Trukikaitis_Postimees, lk 38
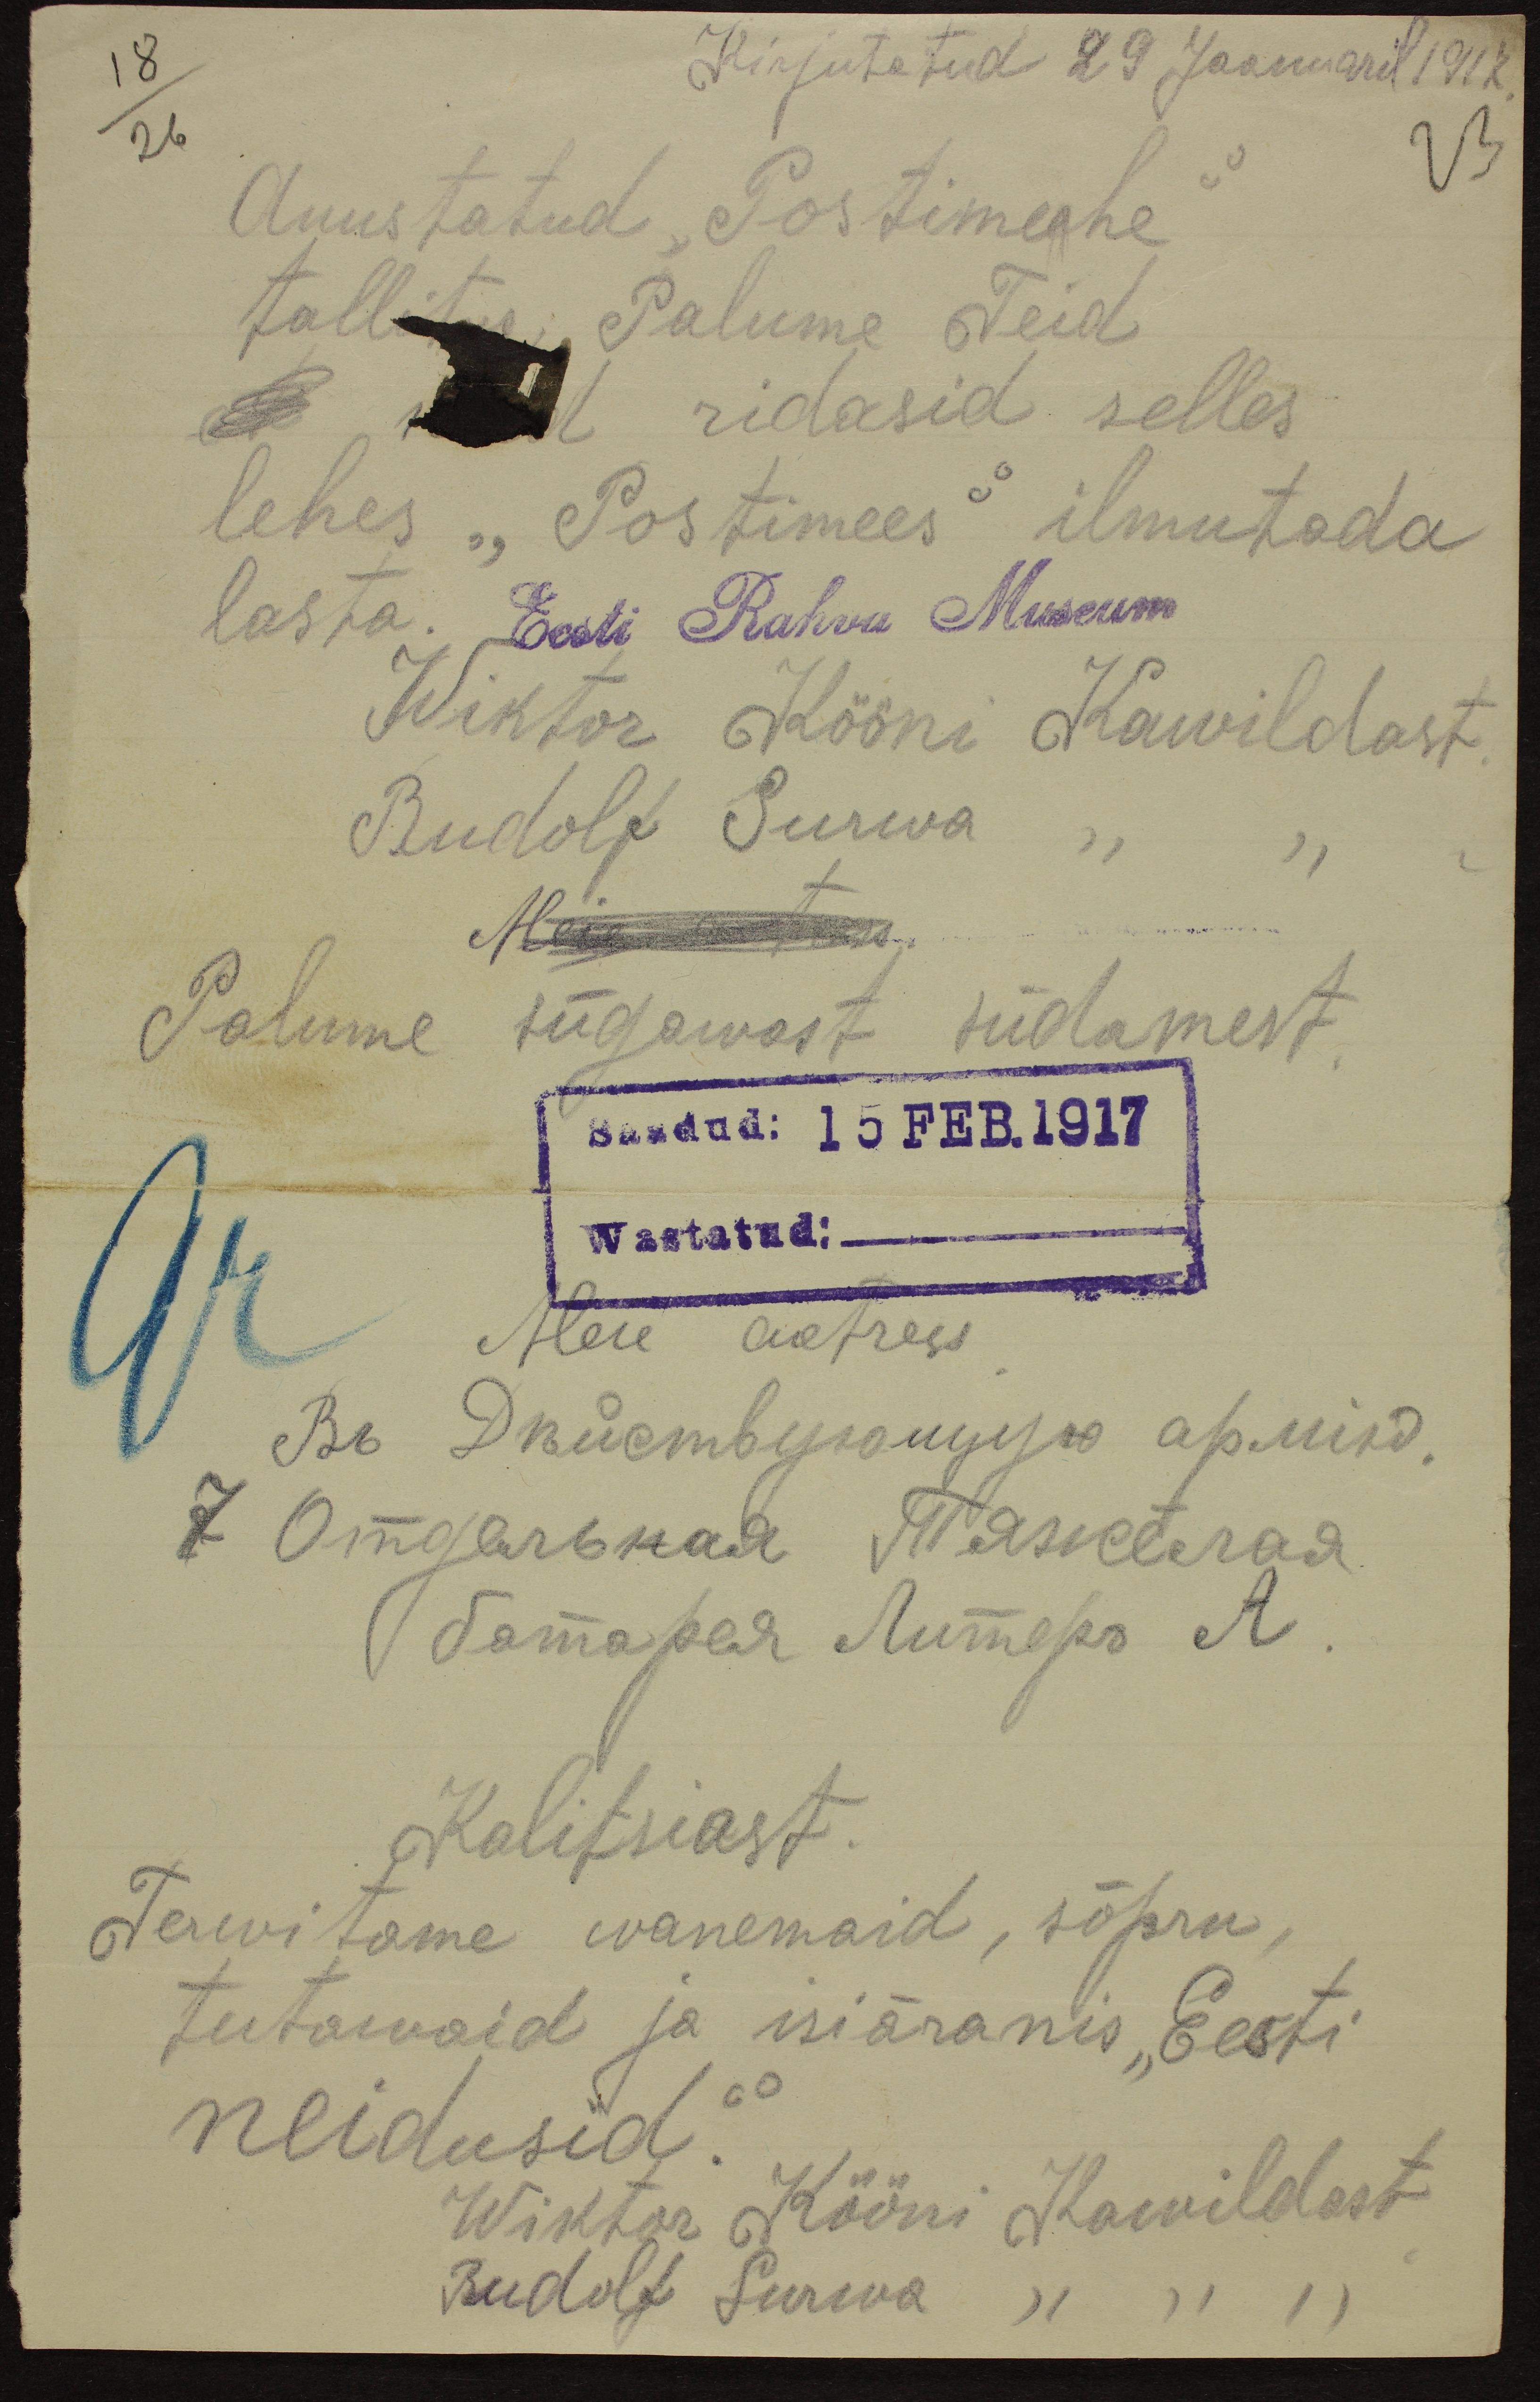
Kirjutatud 29 Jaanuaril 1917
Auustatud "Postimeehe"
tallitus. Palume Teid
ridasid selles
lehes "Postimees" ilmutada
lasta. Eesti Rahva Museum
Wiktor Kööni Kawildast
Rudolf Surwa " "
Palume sügawast südamest
Saadud: 15 FEB.1917
Wastatud:
Meie aatress
Kalitsiast.
Tervitame wanemaid, sõpru,
tutawaid ja isiääranis "Eesti
neidusid".
Wiktor Kööni Kawildast
Rudolf Surwa """